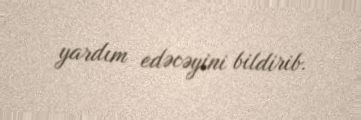
yardım edəcəyini bildirib.